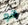
هو